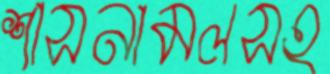
শাসনামলসহ